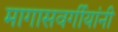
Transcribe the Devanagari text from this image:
मागासवर्गीयांनी